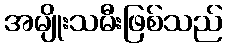
အမျိုးသမီးဖြစ်သည်